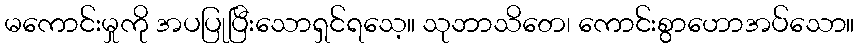
မကောင်းမှုကို အပပြုပြီးသောရှင်ရသေ့။ သုဘာသိတေ၊ ကောင်းစွာဟောအပ်သော။